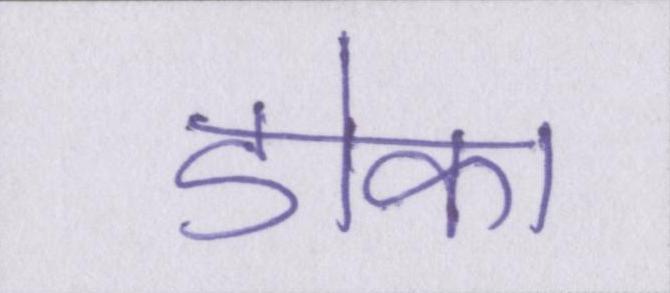
डोका